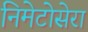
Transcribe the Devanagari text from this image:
निमेटोसेरा